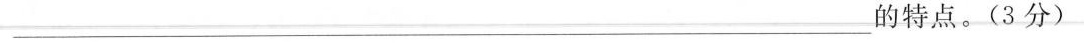
\underline的特点。（3分）